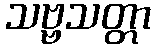
သဗ္ဗသတ္တာ